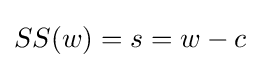
SS(w)=s=w-c